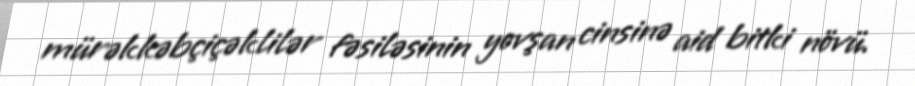
mürəkkəbçiçəklilər fəsiləsinin yovşan cinsinə aid bitki növü.